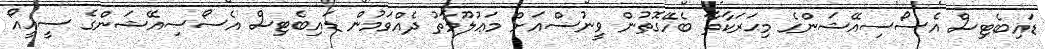
ޑައިބެޓިސް އެސޯސިއޭޝަންގެ މިޙަރަކާތާ ބެހޭގޮތުން ވީނުސްއަށް މަޢުލޫމާތު ދެއްވަމުން ޑައިބެޓިސް އެސޯސިއޭޝަންގެ ސީއީއޯ